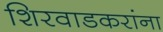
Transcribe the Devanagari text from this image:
शिरवाडकरांना